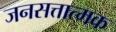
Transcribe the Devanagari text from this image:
जनसत्तात्मक